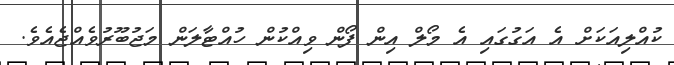
ކުއްލިއަކަށް އެ އަގުގައި އެ މޯލް އިން ފޯން ވިއްކުން ހުއްޓާލަން މަޖުބޫރުވެއްޖެއެވެ.